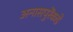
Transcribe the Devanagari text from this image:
अनासपुरेंकडे